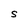
Character: S